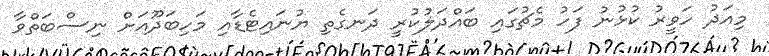
މިއަދު ހަވީރު ކުޅުނު ފަހު މެޗުގައި ބައްދަލުކުރީ ދަނގެތި ޔުނައިޓެޑާއި މަހިބަދޫއަށް ނިސްބަތްވާ